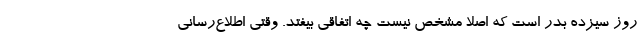
روز سیزده بدر است که اصلا مشخص نیست چه اتفاقی بیفتد. وقتی اطلاع‌رسانی